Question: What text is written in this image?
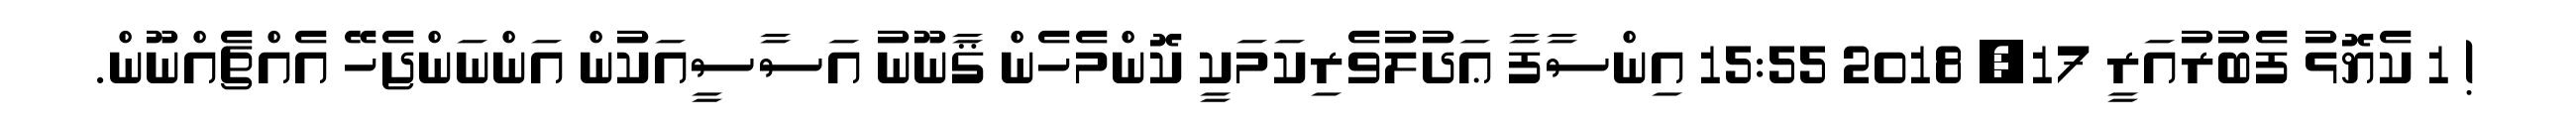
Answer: ! 1 ކެޔޮޅު ފެބުރުއަރީ 17, 2018 15:55 އިންސާފާ ޢަދުލުވެރިކަމަކީ ކޮންމެހެން ޤާނޫނު އަސާސީއަކުން އަންނަންޖެހޭ އެއްޗެއްނޫން.